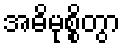
အဓိမုစ္စိတွာ